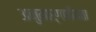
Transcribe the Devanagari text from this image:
अनुमार्गणीयता